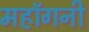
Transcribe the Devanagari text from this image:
महाॅगनी